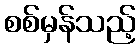
စစ်မှန်သည့်